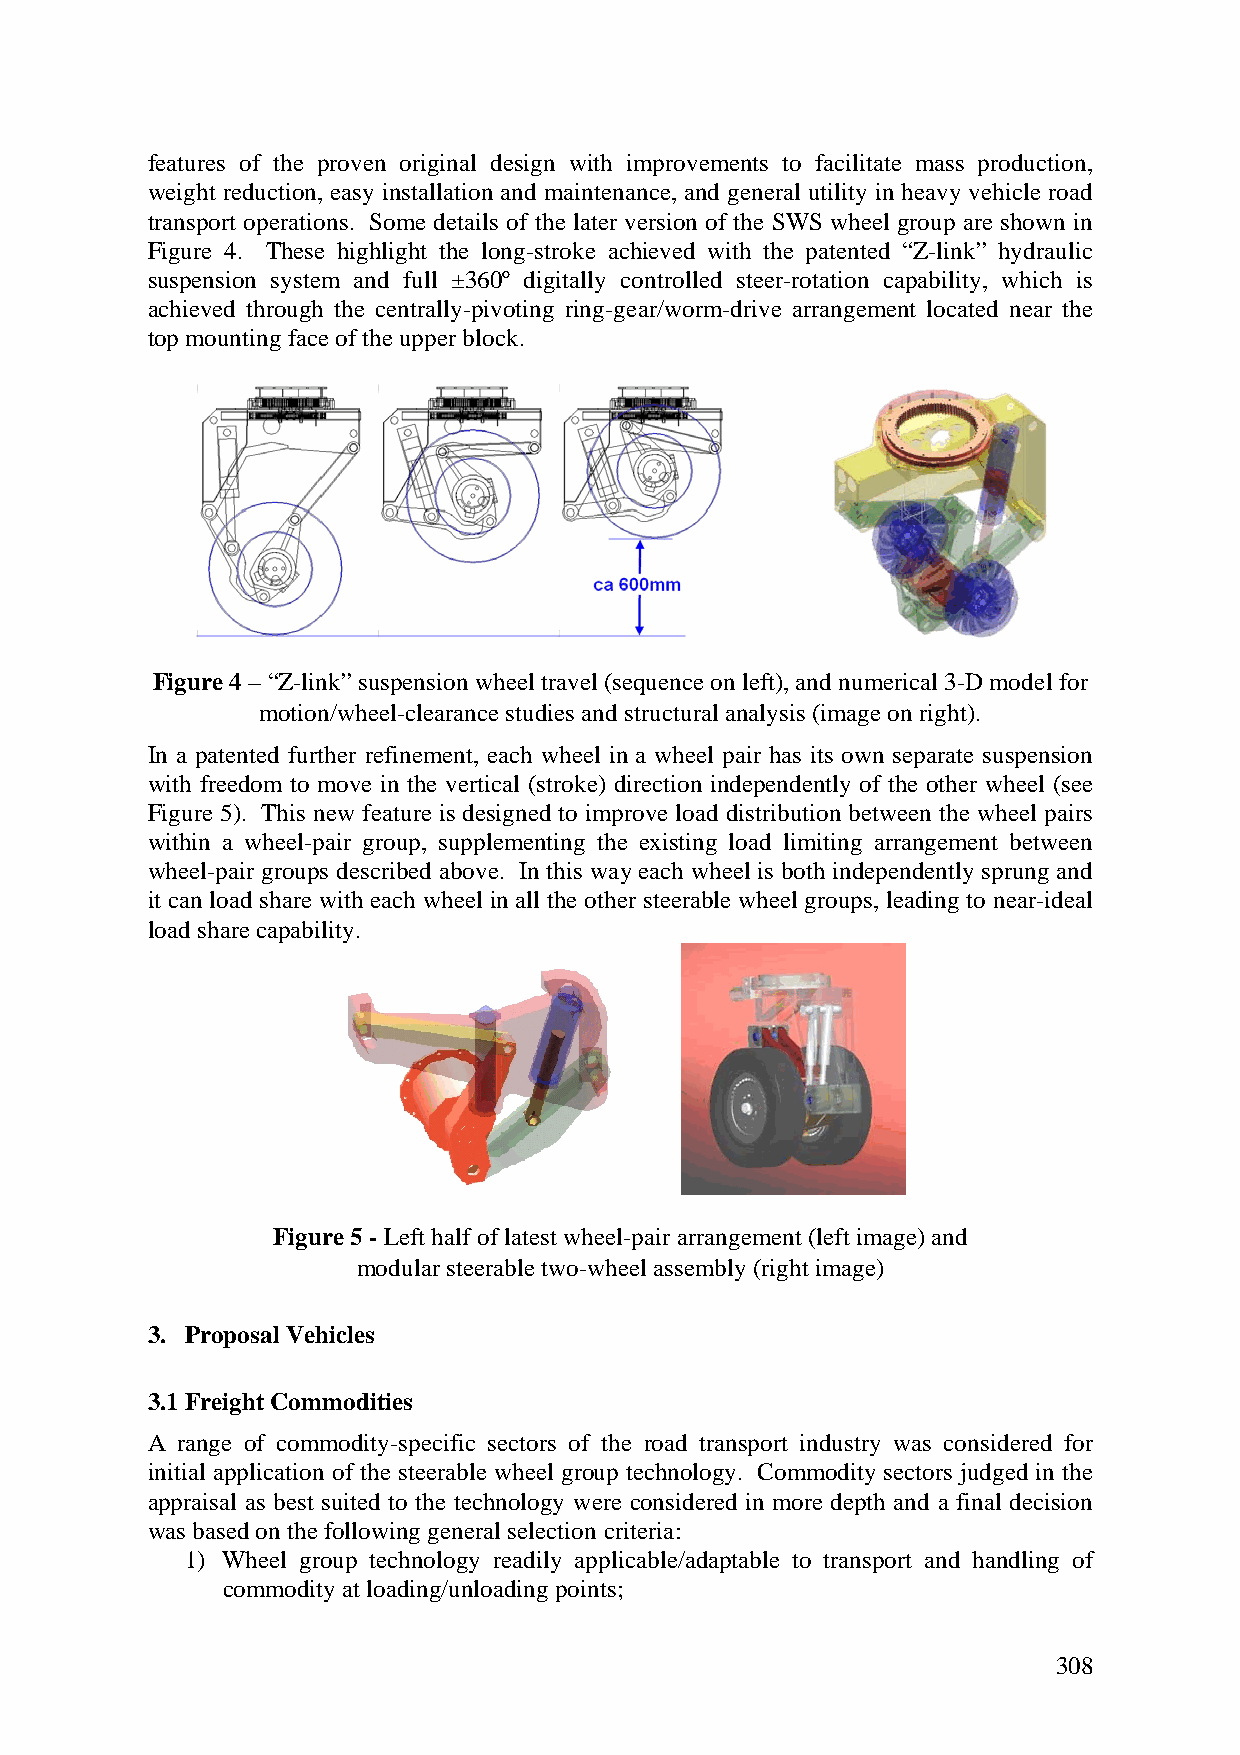
features of the proven original design with improvements to facilitate mass production,
 weight reduction, easy installation and maintenance, and general utility in heavy vehicle road
 transport operations. Some details of the later version of the SWS wheel group are shown in
 Figure 4. These highlight the long-stroke achieved with the patented “Z-link” hydraulic
 suspension system and full ±360º digitally controlled steer-rotation capability, which is
 achieved through the centrally-pivoting ring-gear/worm-drive arrangement located near the
 top mounting face of the upper block.
 Figure 4 – “Z-link” suspension wheel travel (sequence on left), and numerical 3-D model for
 motion/wheel-clearance studies and structural analysis (image on right).
 In a patented further refinement, each wheel in a wheel pair has its own separate suspension
 with freedom to move in the vertical (stroke) direction independently of the other wheel (see
 Figure 5). This new feature is designed to improve load distribution between the wheel pairs
 within a wheel-pair group, supplementing the existing load limiting arrangement between
 wheel-pair groups described above. In this way each wheel is both independently sprung and
 it can load share with each wheel in all the other steerable wheel groups, leading to near-ideal
 load share capability.
 Figure 5 - Left half of latest wheel-pair arrangement (left image) and
 modular steerable two-wheel assembly (right image)
 3. Proposal Vehicles
 3.1 Freight Commodities
 A range of commodity-specific sectors of the road transport industry was considered for
 initial application of the steerable wheel group technology. Commodity sectors judged in the
 appraisal as best suited to the technology were considered in more depth and a final decision
 was based on the following general selection criteria:
 1) Wheel group technology readily applicable/adaptable to transport and handling of
 commodity at loading/unloading points;
 308